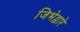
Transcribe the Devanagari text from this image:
जिभेद्वारे